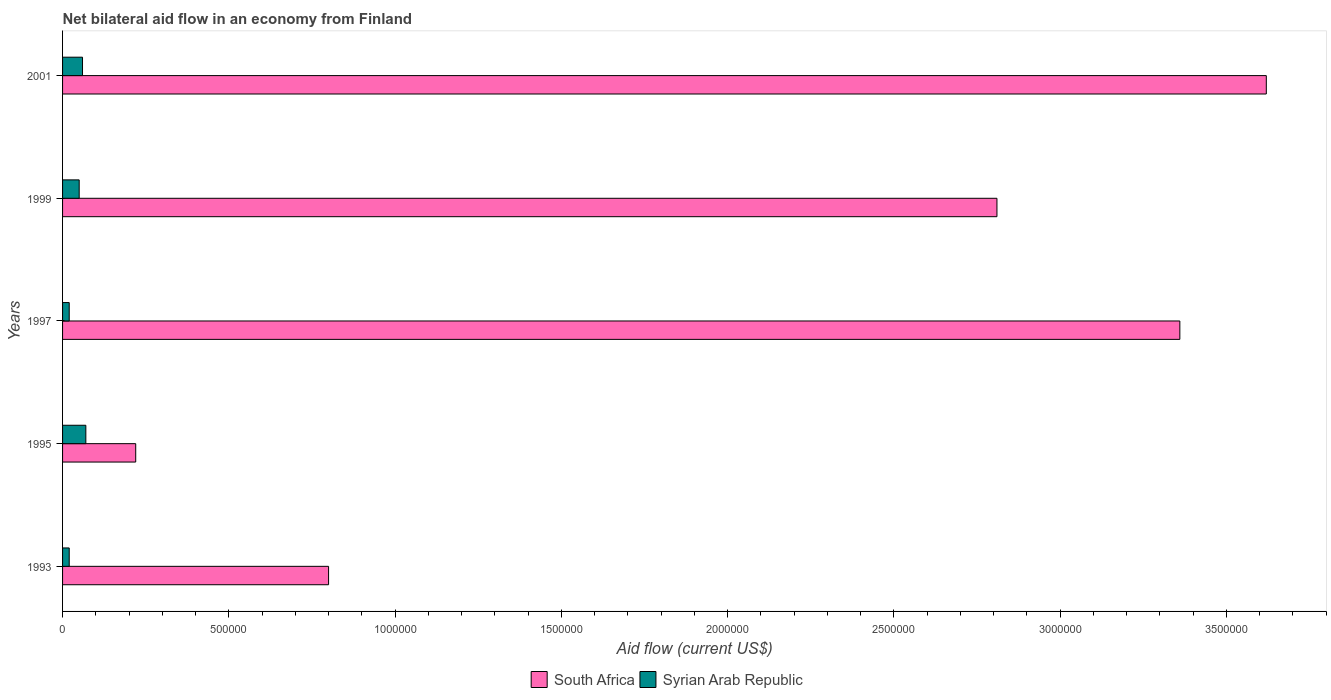
| Years | South Africa | Syrian Arab Republic |
 | --- | --- | --- |
 | 1993 | 8e+05 | 2e+04 |
 | 1995 | 2.2e+05 | 7e+04 |
 | 1997 | 3.36e+06 | 2e+04 |
 | 1999 | 2.81e+06 | 5e+04 |
 | 2001 | 3.62e+06 | 6e+04 |